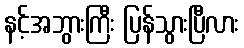
နင့်အဘွားကြီး ပြန်သွားပြီလား